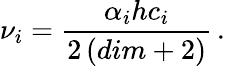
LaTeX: \nu_{i}=\frac{\alpha_{i}hc_{i}}{2\left(dim+2\right)}\, .